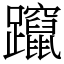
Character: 躥